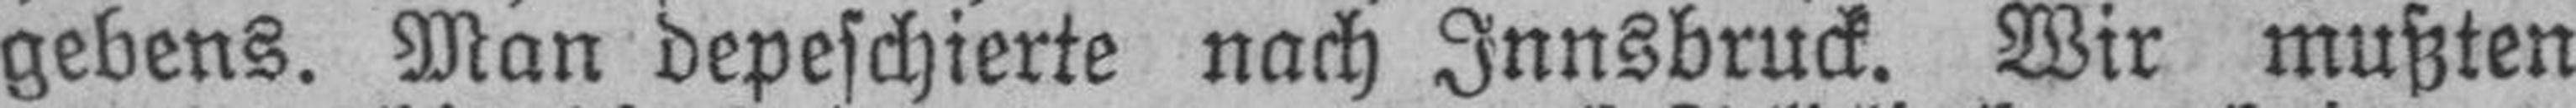
gebens. Man depeschierte nach Innsbruck. Wir mußten